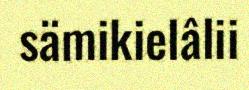
sämikielâlii